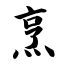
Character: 烹